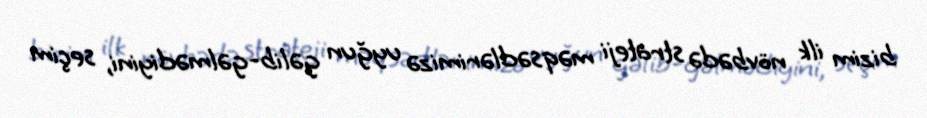
bizim ilk növbədə strateji məqsədlərimizə uyğun gəlib-gəlmədiyini, seçim